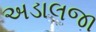
અડાલજા